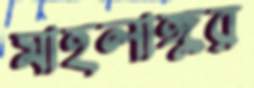
মাহলাঙ্গুর